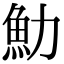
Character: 𩵓